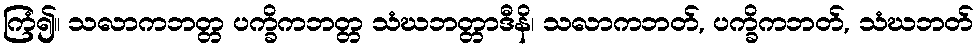
ကြံ၍။ သလာကဘတ္တ ပက္ခိကဘတ္တ သံဃဘတ္တာဒီနိ၊ သလာကဘတ်, ပက္ခိကဘတ်, သံဃဘတ်